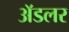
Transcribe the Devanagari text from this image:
अॅडलर